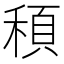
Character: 䅡